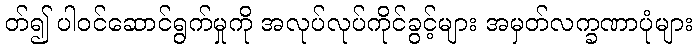
တ်၍ ပါဝင်ဆောင်ရွက်မှုကို အလုပ်လုပ်ကိုင်ခွင့်များ အမှတ်လက္ခဏာပုံများ